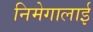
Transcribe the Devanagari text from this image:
निमेगालाई